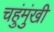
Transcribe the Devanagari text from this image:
चहुंमुंखी